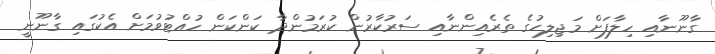
ގާނޫނާއި ހިލާފަށް މަޖިލިހުގެ ތެރެއިންނާއި ސަރުކާރުން ކުރަމުންދާ ކަންކަން ހުއްޓުވުމަށް އެކުގައި ގާނޫނީ